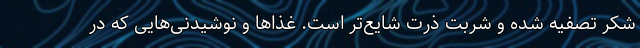
شکر تصفیه شده و شربت ذرت شایع‌تر است. غذا‌ها و نوشیدنی‌هایی که در